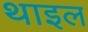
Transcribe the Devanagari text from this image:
थाइल